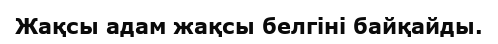
Жақсы адам жақсы белгіні байқайды.